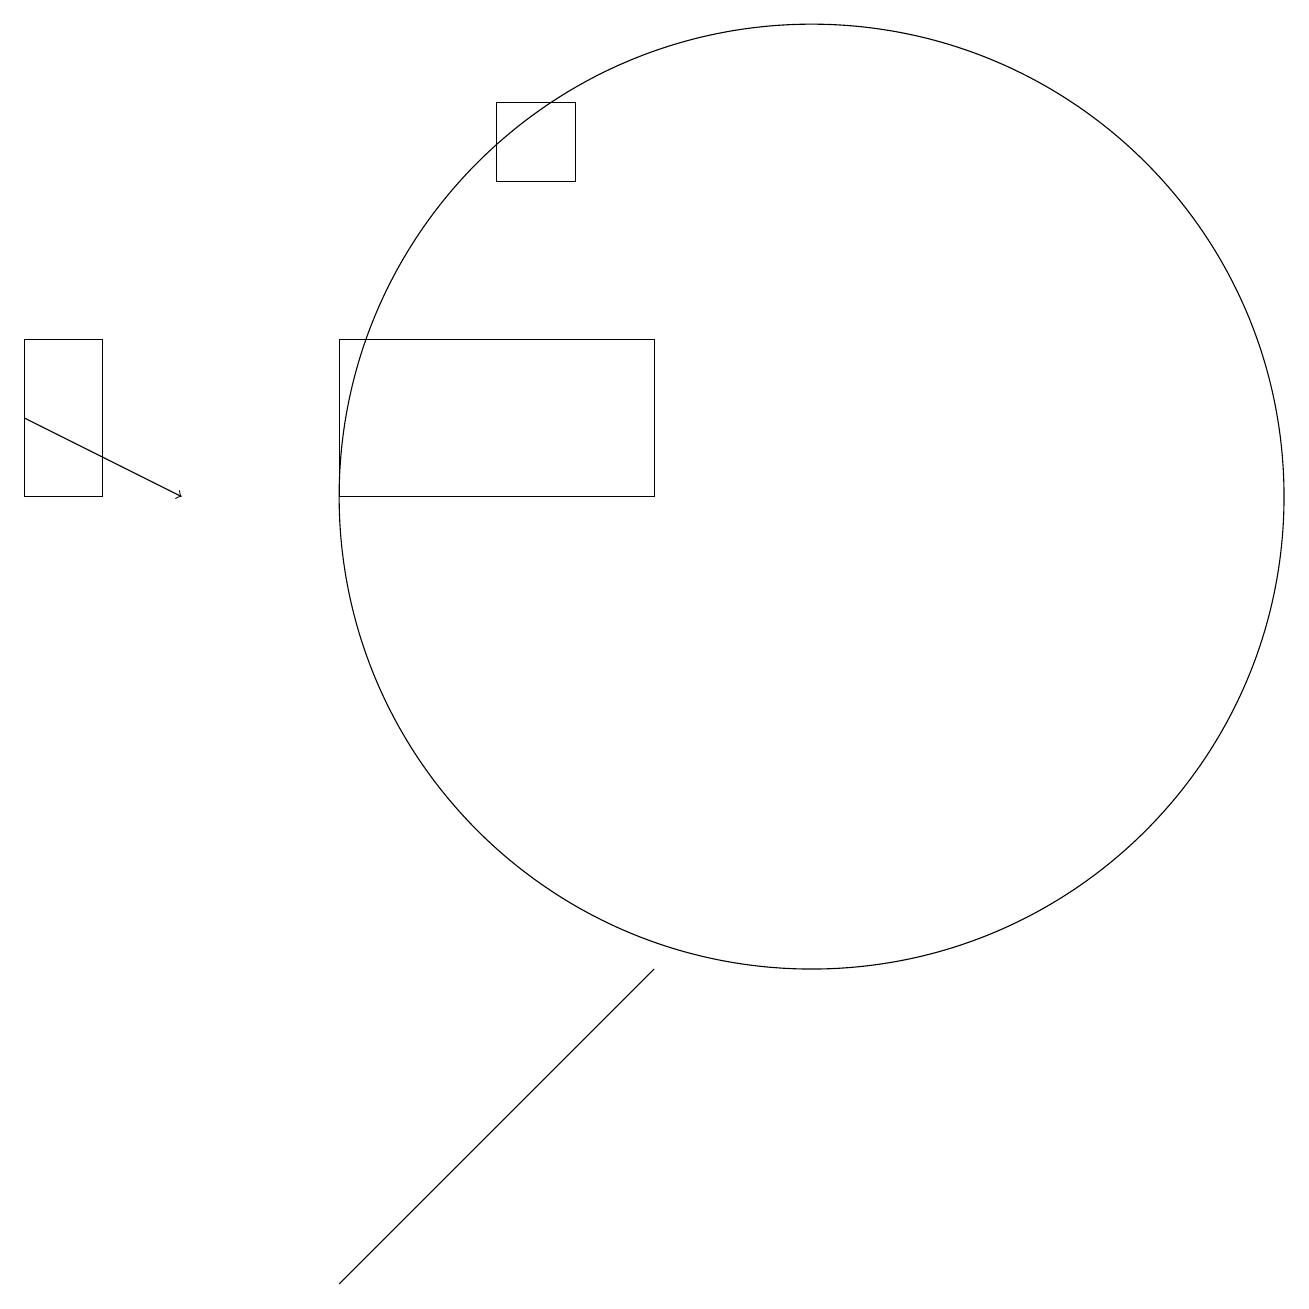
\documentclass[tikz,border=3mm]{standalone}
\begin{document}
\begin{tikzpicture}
\draw (5,13) rectangle (9,11);
\draw (9,5) -- (8,4) -- (5,1) -- cycle;
\draw (2,13) rectangle (1,11);
\draw (11,11) circle (6);
\draw (8,15) rectangle (7,16);
\draw[->] (1,12) -- (3,11);
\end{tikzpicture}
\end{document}